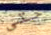
حتى